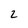
Character: 2